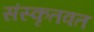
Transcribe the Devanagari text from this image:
संस्कृतवत